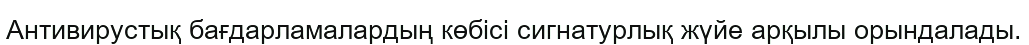
Антивирустық бағдарламалардың көбісі сигнатурлық жүйе арқылы орындалады.